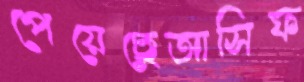
পেয়েছেআসিফ